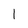
Character: I